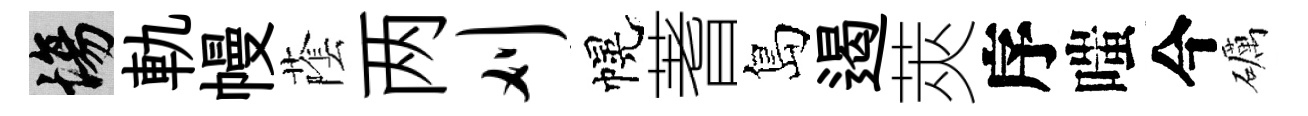
場軌幔䕃两刈幌蓍島遏莢序嗤今礪